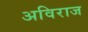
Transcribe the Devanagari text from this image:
अविराज